Annual report of the Punjab Veterinary College and of the Civil Veterinary Department, Punjab - 1926-1932
Year: 1926
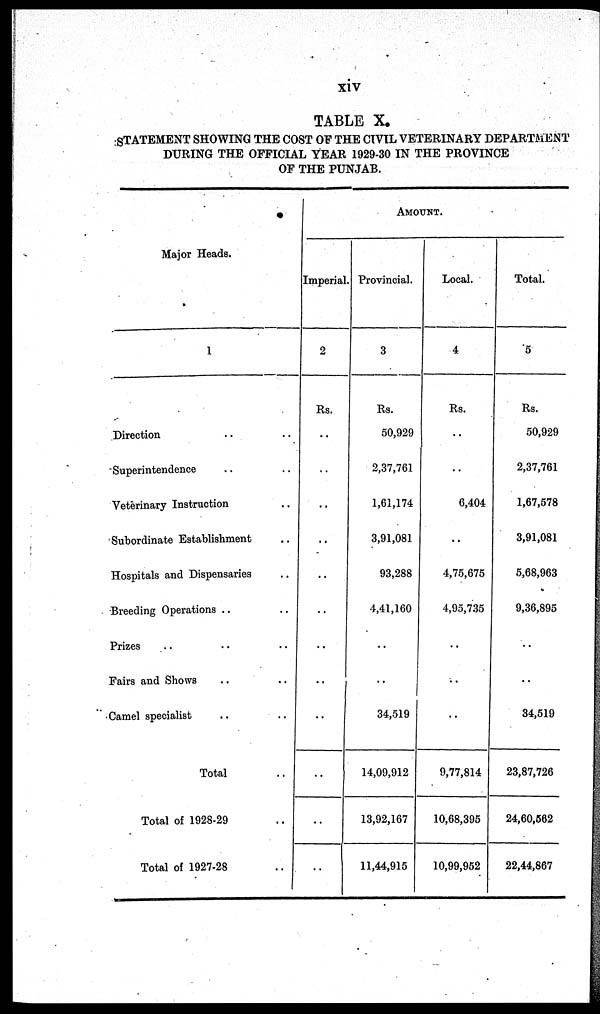
xiv
TABLE X.
STATEMENT SHOWING THE COST OF THE CIVIL VETERINARY DEPARTMENT
DURING THE OFFICIAL YEAR 1929-30 IN THE PROVINCE
OF THE PUNJAB.
Major Heads.
1
Direction .. ..
Superintendence .. ..
Veterinary Instruction ..
Subordinate Establishment ..
Hospitals and Dispensaries ..
Breeding Operations .. ..
Prizes .. .. ..
Fairs and Shows .. ..
Camel specialist .. ..
Total ..
Total of 1928-29 ..
Total of 1927-28 ..
AMOUNT.
Imperial.
2
Rs.
..
..
..
..
..
..
..
..
..
..
..
..
Provincial.
3
Rs.
50,929
2,37,761
1,61,174
3,91,081
93,288
4,41,160
..
..
34,519
14,09,912
13,92,167
11,44,915
Local.
4
Rs.
..
..
6,404
..
4,75,675
4,95,735
..
..
..
9,77,814
10,68,395
10,99,952
Total.
5
Rs.
50,929
2,37,761
1,67,578
3,91,081
5,68,963
9,36,895
..
..
34,519
23,87,726
24,60,562
22,44,867